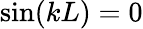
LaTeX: \sin(kL)=0